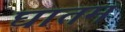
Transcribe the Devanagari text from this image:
घातम